Vaccination in Bombay 1863-1868 - 1863-1868
Year: 1863
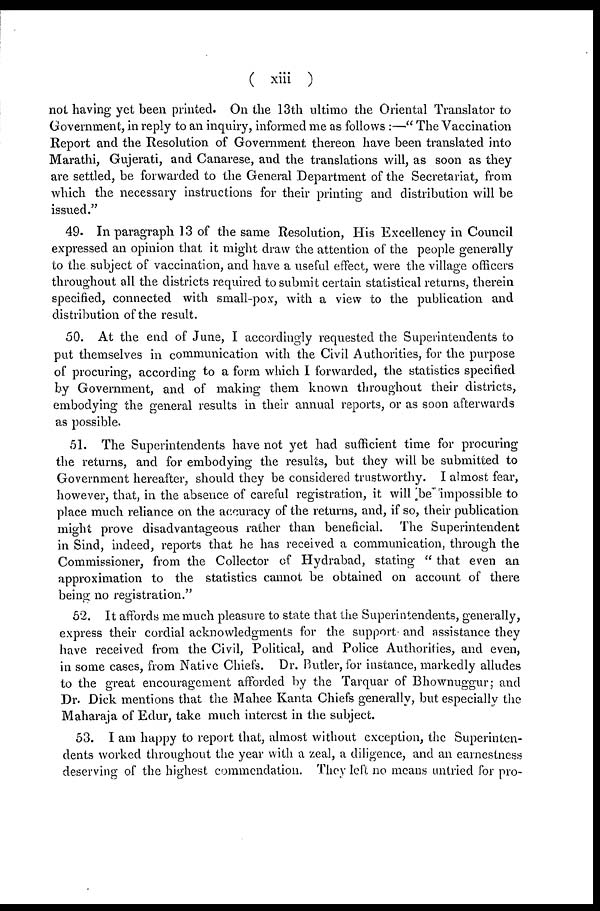
( xiii )
not having yet been printed. On the 13th ultimo the Oriental Translator to
Government, in reply to an inquiry, informed me as follows :—" The Vaccination
Report and the Resolution of Government thereon have been translated into
Marathi, Gujerati, and Canarese, and the translations will, as soon as they
are settled, be forwarded to the General Department of the Secretariat, from
which the necessary instructions for their printing and distribution will be
issued."
49. In paragraph 13 of the same Resolution, His Excellency in Council
expressed an opinion that it might draw the attention of the people generally
to the subject of vaccination, and have a useful effect, were the village officers
throughout all the districts required to submit certain statistical returns, therein
specified, connected with small-pox, with a view to the publication and
distribution of the result.
50. At the end of June, I accordingly requested the Superintendents to
put themselves in communication with the Civil Authorities, for the purpose
of procuring, according to a form which I forwarded, the statistics specified
by Government, and of making them known throughout their districts,
embodying the general results in their annual reports, or as soon afterwards
as possible.
51. The Superintendents have not yet had sufficient time for procuring
the returns, and for embodying the results, but they will be submitted to
Government hereafter, should they be considered trustworthy. I almost fear,
however, that, in the absence of careful registration, it will be impossible to
place much reliance on the accuracy of the returns, and, if so, their publication
might prove disadvantageous rather than beneficial. The Superintendent
in Sind, indeed, reports that he has received a communication, through the
Commissioner, from the Collector of Hydrabad, stating " that even an
approximation to the statistics cannot be obtained on account of there
being no registration."
52. It affords me much pleasure to state that the Superintendents, generally,
express their cordial acknowledgments for the support and assistance they
have received from the Civil, Political, and Police Authorities, and even,
in some cases, from Native Chiefs. Dr. Butler, for instance, markedly alludes
to the great encouragement afforded by the Tarquar of Bhownuggur; and
Dr. Dick mentions that the Mahee Kanta Chiefs generally, but especially the
Maharaja of Edur, take much interest in the subject.
53. I am happy to report that, almost without exception, the Superinten-
dents worked throughout the year with a zeal, a diligence, and an earnestness
deserving of the highest commendation. They left no means untried for pro-